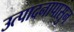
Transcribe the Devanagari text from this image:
उत्पादनापासुन